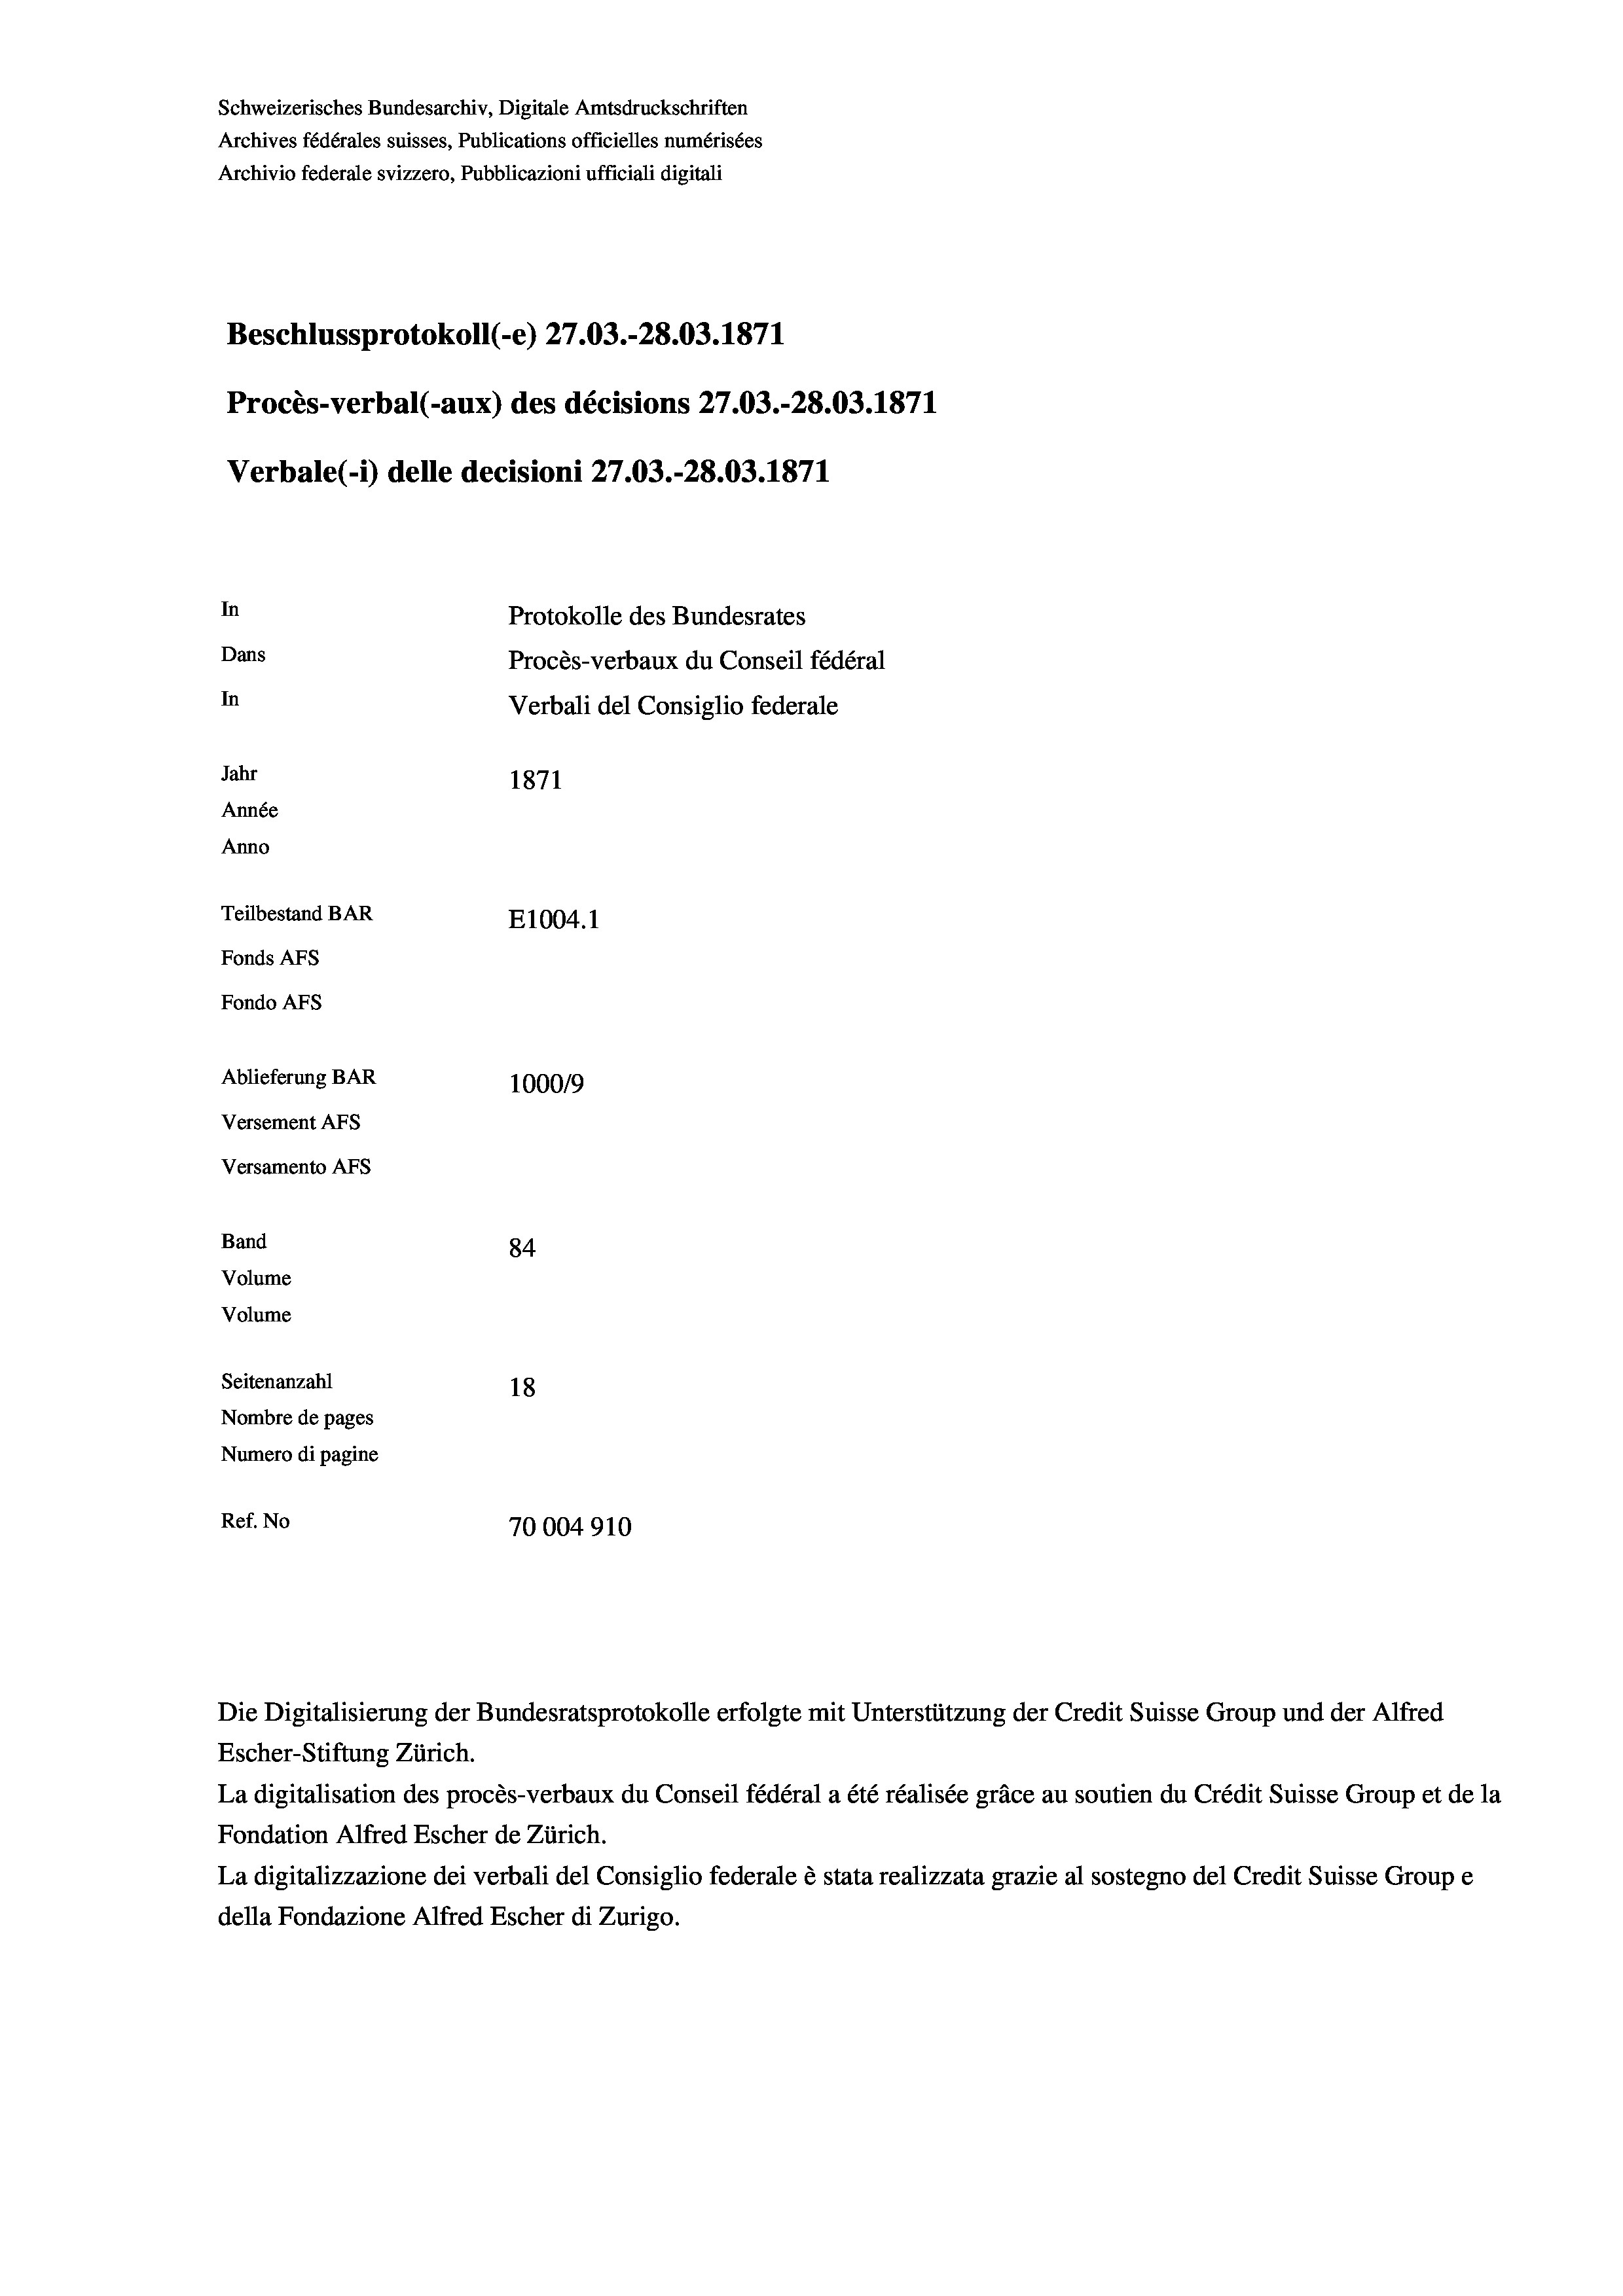
Schweizerisches Bundesarchiv, Digitale Amtsdruckschriften
Archives fédérales suisses, Publications officielles numérisées
Archivio federale svizzero, Pubblicazioni ufficiali digitali
Beschlussprotokoll (-e) 27.03.-28.03. 1871
Procès-verbal (-aux) des décisions 27.03.-28.03. 1871
Verbale(*) delle decisioni 27.03.-28.03. 1871
In
Protokolle des Bundesrates
Dans
Procès-verbaux du Conseil fédéral
In
Verbali del Consiglio federale
Jahr
1871
Année
Anno
Teilbestand BAR
E1004. 1
Fonds AFs
Fondo Afs
Ablieferung BAR
100019
Versement AFs
Versamento Afs
Band
84
Volume
Volume
Seitenanzahl
18

Nombre de pages
Numero di pagine
Ref. No
70004910

La digitalisation des procès-verbaux du Conseil fédéral a été réalisée gräce au soutien du Crédit Suisse Group et de la
Fondation Alfred Escher de Zürich.
La digitalizzazione dei verbali del Consiglio federale è stata realizzata grazie al sostegno del Credit Suisse Groupe
della Fondazione Alfred Escher di Zurigo.

Die Digitalisierung der Bundesratsprotokolle erfolgte mit Unterstützung der Credit Suisse Group und der Alfred
Escher-Stiftung Zürich.